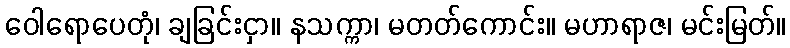
ဝေါရောပေတုံ၊ ချခြင်းငှာ။ နသက္ကာ၊ မတတ်ကောင်း။ မဟာရာဇ၊ မင်းမြတ်။